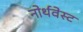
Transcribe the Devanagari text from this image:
नोर्थवेस्ट